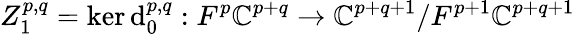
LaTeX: Z_{1}^{p,q}=\ker\mathrm{d}_{0}^{p,q}:F^{p}\mathbb{C}^{p+q}\rightarrow\mathbb{C}^{p+q+1}/F^{p+1}\mathbb{C}^{p+q+1}